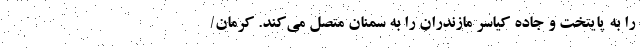
را به پایتخت و جاده کیاسر مازندران را به سمنان متصل می‌کند. کرمان/